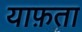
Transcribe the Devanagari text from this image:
याफ़ता